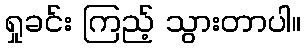
ရှုခင်း ကြည့် သွားတာပါ။